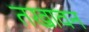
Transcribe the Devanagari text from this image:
तखावन